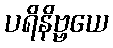
ပရိနိဗ္ဗယေ